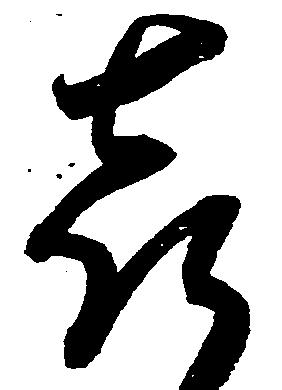
喜